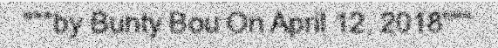
"""by Bunty Bou On April 12, 2018"""